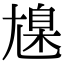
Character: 𡰆